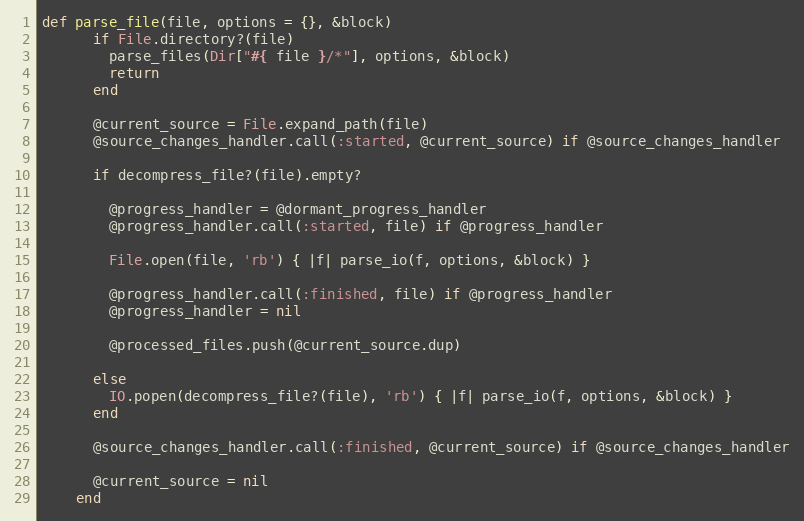
Language: Ruby
def parse_file(file, options = {}, &block)
      if File.directory?(file)
        parse_files(Dir["#{ file }/*"], options, &block)
        return
      end

      @current_source = File.expand_path(file)
      @source_changes_handler.call(:started, @current_source) if @source_changes_handler

      if decompress_file?(file).empty?

        @progress_handler = @dormant_progress_handler
        @progress_handler.call(:started, file) if @progress_handler

        File.open(file, 'rb') { |f| parse_io(f, options, &block) }

        @progress_handler.call(:finished, file) if @progress_handler
        @progress_handler = nil

        @processed_files.push(@current_source.dup)

      else
        IO.popen(decompress_file?(file), 'rb') { |f| parse_io(f, options, &block) }
      end

      @source_changes_handler.call(:finished, @current_source) if @source_changes_handler

      @current_source = nil
    end